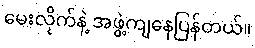
မေးလိုက်နဲ့ အဖွဲ့ကျနေပြန်တယ်။